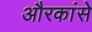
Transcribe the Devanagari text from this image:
औरकांसे